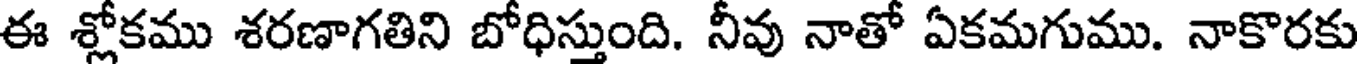
ఈ శ్లోకము శరణాగతిని బోధిస్తుంది. నీవు నాతో ఏకమగుము. నాకొరకు